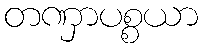
တဏှာပစ္စယာ